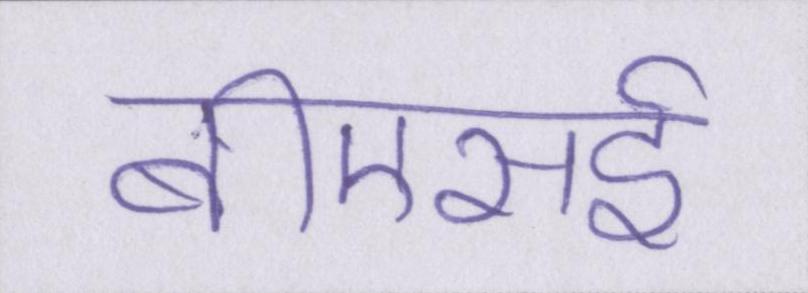
बीएसई